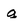
Character: q